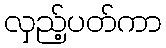
လှည့်ပတ်ကာ